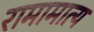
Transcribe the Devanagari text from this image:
रामामात्य